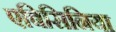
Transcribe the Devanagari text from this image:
एबिसिनिया